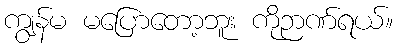
ကျွန်မ မပြောတော့ဘူး ကိုဉာဏ်ရယ်။